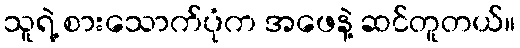
သူရဲ့ စားသောက်ပုံက အဖေနဲ့ ဆင်တူတယ်။